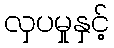
လှပမှုနှင့်